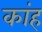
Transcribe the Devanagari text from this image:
कांह